Vaccine operations Central Provinces & Berar 1912-1920 - 1912-1920
Year: 1912
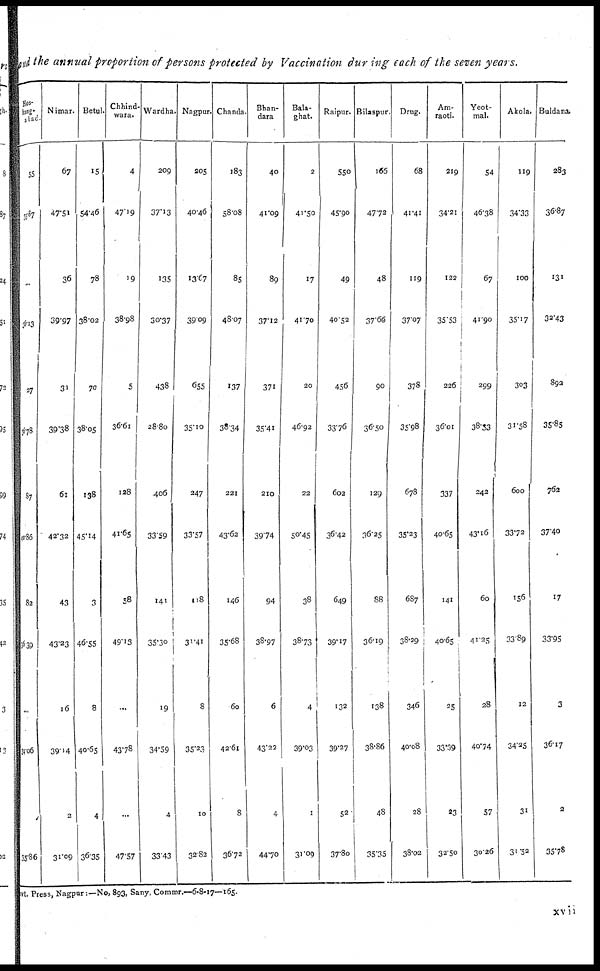
and the annual proportion of persons protected by Vaccination during each of the seven years.
Hos¬
shang¬
abad.
55
35.87
...
36.13
27
36.78
87
60.86
82
36.39
...
34.06
...
35.86
Nimar.
67
47.51
36
39.97
31
39.38
63
42.32
43
43.23
16
39.14
2
31.09
Betul.
15
54.46
78
38.02
70
38.05
138
45.14
3
46.55
8
40.65
4
36.35
Chhind¬
wara.
4
47.19
19
38.98
5
36.61
128
41.65
58
49.13
...
43.78
...
47.57
Wardha.
209
37.13
135
30.37
438
28.80
406
33.59
141
35.30
19
34.59
4
33.43
Nagpur.
205
40.46
13.67
39.09
655
35.10
247
33.57
118
31.41
8
35.23
10
32.82
Chanda.
183
58.08
85
48.07
137
38.34
221
43.62
146
35.68
60
42.61
8
36.72
Bhan¬
dara
40
41.09
89
37.12
371
35.41
210
39.74
94
38.97
6
43.22
4
44.70
Bala¬
ghat.
2
41.50
17
41.70
20
46.92
22
50.45
38
38.73
4
39.03
1
31.09
Raipur.
550
45.90
49
40.52
456
33.76
602
36.42
649
39.17
132
39.27
52
37.80
Bilaspur.
166
47.72
48
37.66
90
36.50
129
36.25
88
36.19
138
38.86
48
35.35
Drug.
68
41.41
119
37.07
378
35.98
678
35.23
687
38.29
346
40.08
28
38.02
Am¬
raoti.
219
34.21
122
35.53
226
36.01
337
40.65
141
40.65
25
33.39
23
32.50
Yeot¬
mal.
54
46.38
67
41.90
299
38.33
242
43.16
60
41.25
28
40.74
57
30.26
Akola.
119
34.33
100
35.17
303
31.58
600
33.72
156
33.89
12
34.25
31
31.52
Buldana.
283
36.87
131
32.43
892
35.8S
762
37.40
17
33.95
3
36.17
2
35.78
Govt . Press, Nagpur:—No, 893, Sany. Commr.—6-8-17—165.
xvii